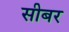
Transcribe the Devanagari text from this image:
सीबर